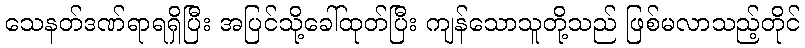
သေနတ်ဒဏ်ရာရရှိပြီး အပြင်သို့ခေါ်ထုတ်ပြီး ကျန်သောသူတို့သည် ဖြစ်မလာသည့်တိုင်